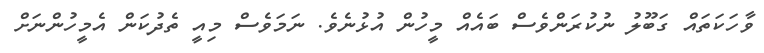
ވާހަކަތައް ގަބޫލު ނުކުރަންވެސް ބައެއް މީހުން އުޅުނެވެ. ނަމަވެސް މިއީ ތެދުކަން އެމީހުންނަށް